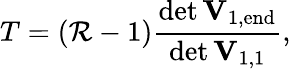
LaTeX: T=(\mathcal{R}-1)\frac{{\operatorname*{det}\mathbf{{\mathbf{{V}}}}_{\mathrm{{1,end}}}}}{{\operatorname*{det}\mathbf{{\mathbf{{V}}}}_{1,1}}},